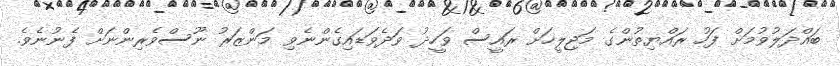
ބައްދަލުވުމަށް ފަހު ރައްޔިތުންގެ މަޖިލީހަށް ރައީސް ވަހީދު ވަދެވަޑައިގެންނެވި މަންޒަރު ނޫސްވެރިންނަށް ފެނުނެވެ.